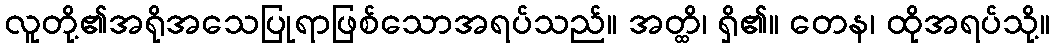
လူတို့၏အရိုအသေပြုရာဖြစ်သောအရပ်သည်။ အတ္ထိ၊ ရှိ၏။ တေန၊ ထိုအရပ်သို့။